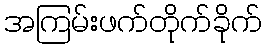
အကြမ်းဖက်တိုက်ခိုက်